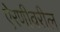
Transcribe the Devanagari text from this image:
ऐरणीवरील